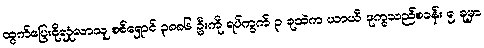
ထွက်ပြေးခိုလှုံလာသူ စစ်ရှောင် ၃၈၈၆ ဦးကို ရပ်ကွက် ၃ ခုထဲက ယာယီ ဒုက္ခသည်စခန်း ၅ ခုမှာ